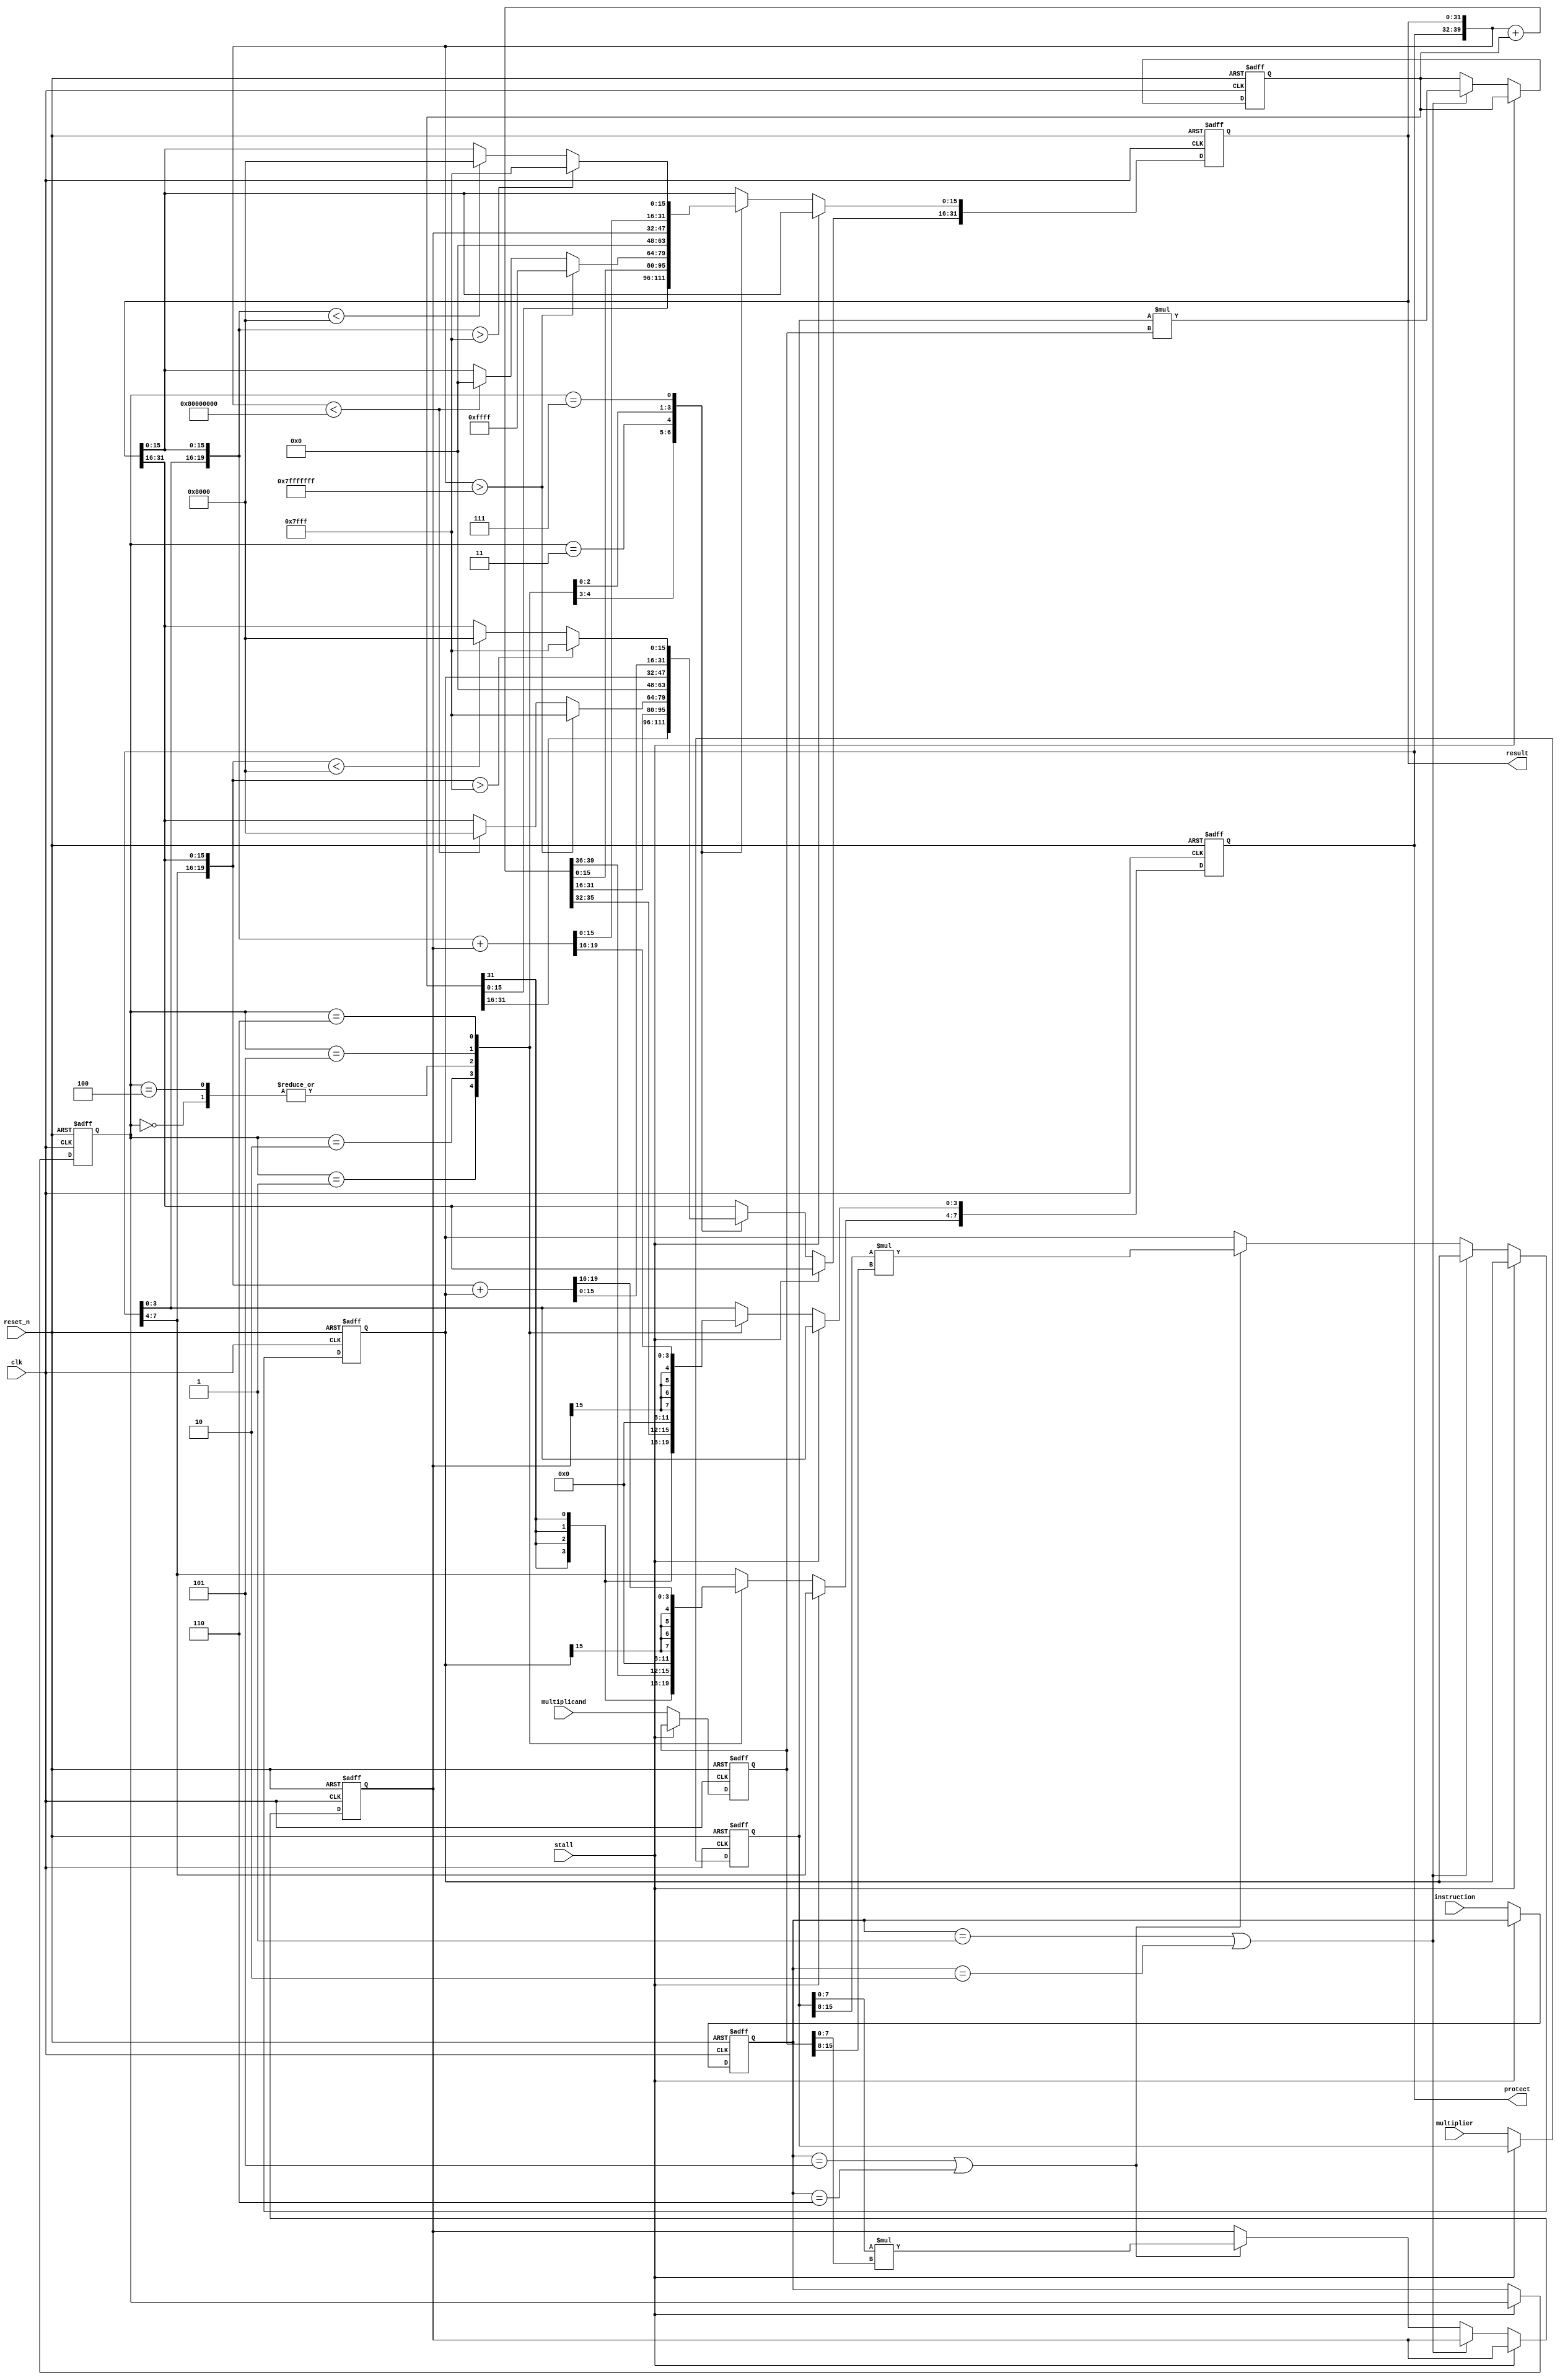
module mac (instruction, multiplier, multiplicand, stall, clk, reset_n, result, protect);
input [15:0] multiplier;
input [15:0] multiplicand; 
input  clk;
input  reset_n;
input  stall;
input  [2:0] instruction;
output [31:0] result;
output [7:0] protect;

//Add you design here
reg [2:0] instr_t, instr_stage2;
reg signed [15:0] mulp_temp, mulc_temp;
reg signed [31:0] mult16_temp;
reg signed [15:0] mult8_temp1, mult8_temp2;
reg signed [31:0] result_stage2;
reg signed [7:0] protect_stage2;

assign result = result_stage2;
assign protect = protect_stage2;

always @(posedge clk,negedge reset_n) begin
    if(~reset_n)begin
        mulp_temp <= 16'd0;
        mulc_temp <= 16'd0;
        instr_t <= 3'd0;
    end
    else if(!stall)begin
        mulp_temp <= multiplier;
        mulc_temp <= multiplicand;
        instr_t <= instruction;
    end
end
always @(posedge clk,negedge reset_n)begin
    if(~reset_n)begin
        mult16_temp <= 32'd0;
        mult8_temp1 <= 16'd0;
        mult8_temp2 <= 16'd0;
        instr_stage2 <= 0;
    end
    else if(!stall)begin
        instr_stage2 <= instr_t;
        if(instr_t == 3'b001 || instr_t ==3'b010)begin
            mult16_temp <= mulp_temp * mulc_temp;
        end
        else if(instr_t == 3'b101 || instr_t == 3'b110)begin
            mult8_temp1 <= $signed(mulp_temp[7:0]) * $signed(mulc_temp[7:0]);
            mult8_temp2 <= $signed(mulp_temp[15:8]) * $signed(mulc_temp[15:8]);
        end
    end
end
always @(posedge clk,negedge reset_n)begin
    if(~reset_n)begin
        protect_stage2 <= 8'd0;
        result_stage2 <= 32'd0;
    end
    else if(!stall)begin
        case(instr_stage2)
            3'b000: begin
                protect_stage2 <= 8'd0;
                result_stage2 <= 32'd0;
            end
            3'b001: begin
                {protect_stage2,result_stage2} <= mult16_temp;
            end
            3'b010: begin
                {protect_stage2,result_stage2} <= $signed({protect_stage2,result_stage2}) + mult16_temp;
            end
            3'b011: begin
                if($signed({protect_stage2,result_stage2}) > $signed(40'h007FFFFFFF))begin
                    result_stage2 <= 32'h7FFFFFFF;
                end
                else if($signed({protect_stage2,result_stage2}) < $signed(40'hFF80000000))begin
                    result_stage2 <= 32'h80000000;
                end
            end
            3'b100: begin
                protect_stage2 <= 8'd0;
                result_stage2 <= 32'd0;
            end
            3'b101: begin
                {protect_stage2[3:0],result_stage2[15:0]} <= mult8_temp1;
                {protect_stage2[7:4],result_stage2[31:16]} <= mult8_temp2;
            end
            3'b110: begin
                 {protect_stage2[3:0],result_stage2[15:0]} <= $signed({protect_stage2[3:0],result_stage2[15:0]}) + mult8_temp1;
                 {protect_stage2[7:4],result_stage2[31:16]} <= $signed({protect_stage2[7:4],result_stage2[31:16]}) + mult8_temp2;
            end
            3'b111: begin
                if($signed({protect_stage2[3:0],result_stage2[15:0]}) > $signed(20'h07FFF))begin
                    result_stage2[15:0] <= 16'h7FFF;
                end
                else if($signed({protect_stage2[3:0],result_stage2[15:0]}) < $signed(20'hF8000))begin
                    result_stage2[15:0] <= 16'h8000;
                end
                if($signed({protect_stage2[7:4],result_stage2[31:16]}) > $signed(20'h07FFF))begin
                    result_stage2[31:16] <= 16'h7FFF;
                end
                else if($signed({protect_stage2[7:4],result_stage2[31:16]}) <$signed(20'hF8000))begin
                    result_stage2[31:16] <= 16'h8000;
                end
            end
            default: begin
                protect_stage2 <= 8'd0;
                result_stage2 <= 32'd0;
            end
            
        endcase
    end
end
endmodule